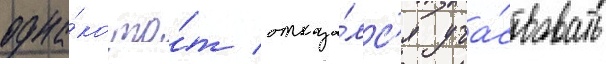
одна́ко то́т отказа́лс'я уча́ствовать